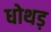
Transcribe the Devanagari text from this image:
धोथड़